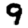
Digit: 9